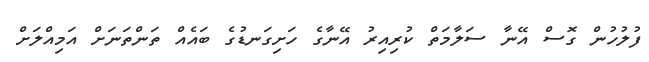
ފުލުހުން ގޮސް އޭނާ ސަލާމަތް ކުރިއިރު އޭނާގެ ހަށިގަނޑުގެ ބައެއް ތަންތަނަށް އަމިއްލަށް